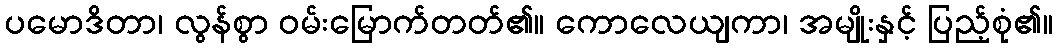
ပမောဒိတာ၊ လွန်စွာ ဝမ်းမြောက်တတ်၏။ ကောလေယျကာ၊ အမျိုးနှင့် ပြည့်စုံ၏။